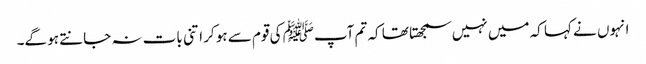
انہوں نے کہا کہ میں نہیں سمجھتا تھا کہ تم آپﷺ کی قوم سے ہو کر اتنی بات نہ جانتے ہو گے۔